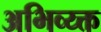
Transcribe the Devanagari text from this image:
अभिव्य्क्त